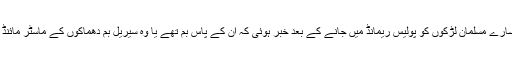
بہت سارے مسلمان لڑکوں کو پولیس ریمانڈ میں جانے کے بعد خبر ہوئی کہ ان کے پاس بم تھے یا وہ سیریل بم دھماکوں کے ماسٹر مائنڈ تھے۔